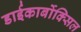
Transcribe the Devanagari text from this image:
डाईकार्बोक्सिल